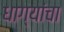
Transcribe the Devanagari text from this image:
धाग्यांचा